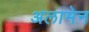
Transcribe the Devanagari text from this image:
अलामेन